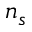
n _ { s }